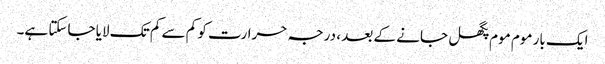
ایک بار موم موم پگھل جانے کے بعد ، درجہ حرارت کو کم سے کم تک لایا جاسکتا ہے۔